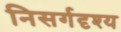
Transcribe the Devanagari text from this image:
निसर्गदृश्य